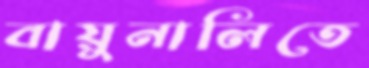
বায়ুনালিতে